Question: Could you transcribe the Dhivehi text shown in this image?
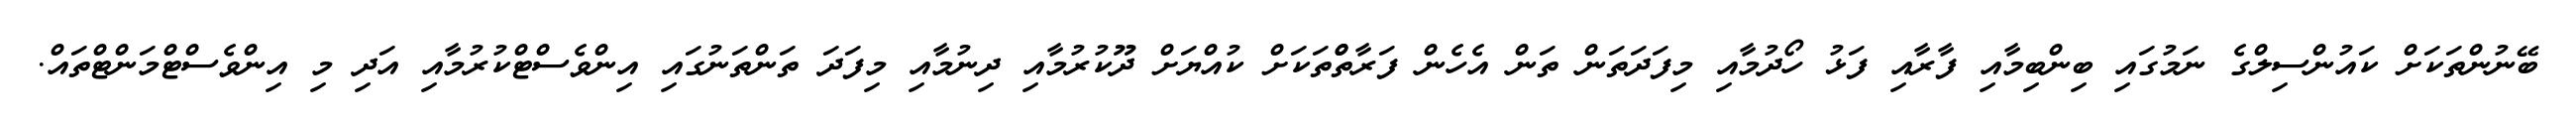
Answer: ބޭނުންތަކަށް ކައުންސިލްގެ ނަމުގައި ބިންބިމާއި ފާރާއި ފަޅު ހޯދުމާއި މިފަދަތަން ތަން އެހެން ފަރާތްްތަކަށް ކުއްޔަށް ދޫކުރުމާއި ދިނުމާއި މިފަދަ ތަންތަނުގައި އިންވެސްޓްކުރުމާއި އަދި މި އިންވެސްޓްމަންޓްތައް.